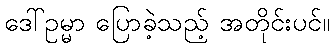
ဒေါ်ဥမ္မာ ပြောခဲ့သည့် အတိုင်းပင်။